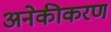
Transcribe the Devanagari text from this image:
अनेकीकरण